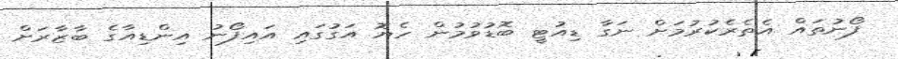
ފޯނުތައް އެތެރެކުރުމަށް ނަގާ ޑިއުޓީ ބޮޑުވުމުން ހެޔޮ އަގުގައި އައިފޯނު އިންޑިއާގެ ބާޒާރަށް